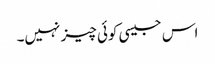
اس جیسی کوئی چیز نہیں۔